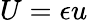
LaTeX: U=\epsilon u